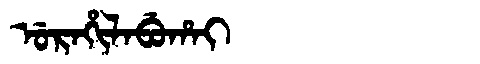
Manchu: ᡠᡵᠠᡥᡳᠯᠠᠪᡠᡥᠠᡳ
Romanization: URAHILABUHAI